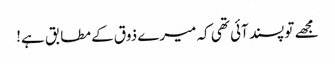
مجھے تو پسند آئی تھی کہ میرے ذوق کے مطابق ہے!